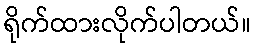
ရိုက်ထားလိုက်ပါတယ်။